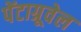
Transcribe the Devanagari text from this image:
पेंटाग्रूवेल